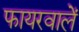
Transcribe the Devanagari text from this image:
फायरवालें